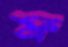
ফ